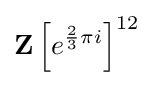
\mathbf {Z} \left[e^{{\frac {2}{3}}\pi i}\right]^{12}